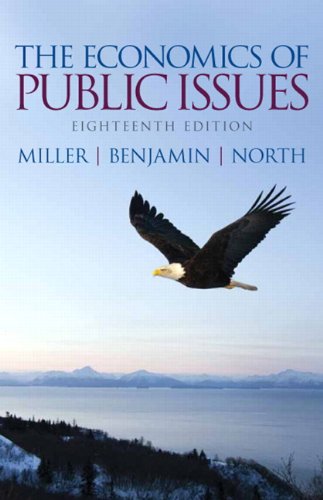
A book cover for The Economics of Public Issues (18th Edition) (Pearson Series in Economics); Roger LeRoy Miller; Business & Money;